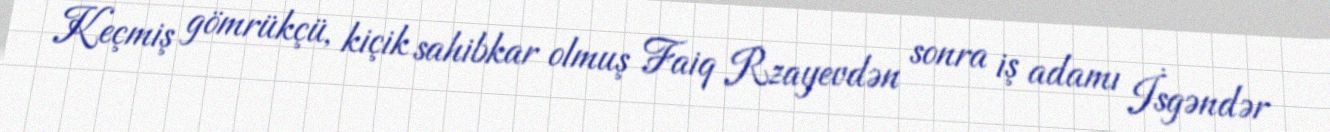
Keçmiş gömrükçü, kiçik sahibkar olmuş Faiq Rzayevdən sonra iş adamı İsgəndər